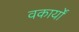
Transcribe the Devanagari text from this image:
वकार्यों